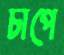
চাপে